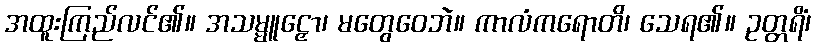
အထူးကြည်လင်၏။ အသမ္မူဠှော၊ မတွေဝေဘဲ။ ကာလံကရောတိ၊ သေရ၏။ ဥတ္တရိံ၊